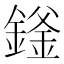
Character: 𬫻